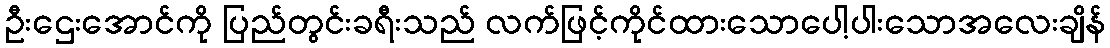
ဦးဌေးအောင်ကို ပြည်တွင်းခရီးသည် လက်ဖြင့်ကိုင်ထားသောပေါ့ပါးသောအလေးချိန်